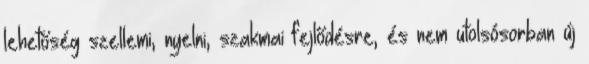
lehetőség szellemi, nyelni, szakmai fejlődésre, és nem utolsósorban új